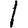
Digit: 1